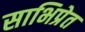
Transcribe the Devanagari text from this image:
साभिप्रेत